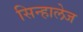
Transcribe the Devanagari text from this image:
सिन्हालेज